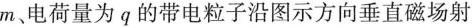
m、电荷量为q的带电粒子沿图示方向垂直磁场射